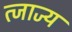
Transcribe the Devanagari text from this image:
त्जाज्य